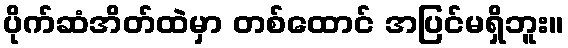
ပိုက်ဆံအိတ်ထဲမှာ တစ်ထောင် အပြင်မရှိဘူး။